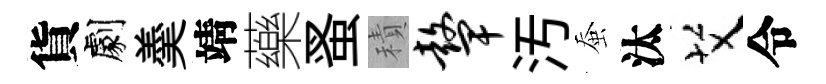
貨劇羮靖藥蚤積鼙汚蚕汰艾令